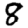
Digit: 8